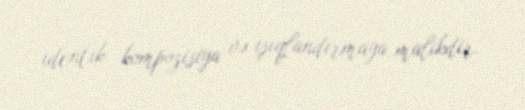
identik kompozisiya və işıqlandırmaya malikdir.